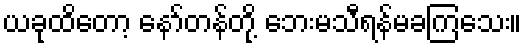
ယခုထိတော့ နော်တန်တို့ ဘေးမသီရန်မခကြသေး။